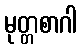
မုတ္တစာဂါ